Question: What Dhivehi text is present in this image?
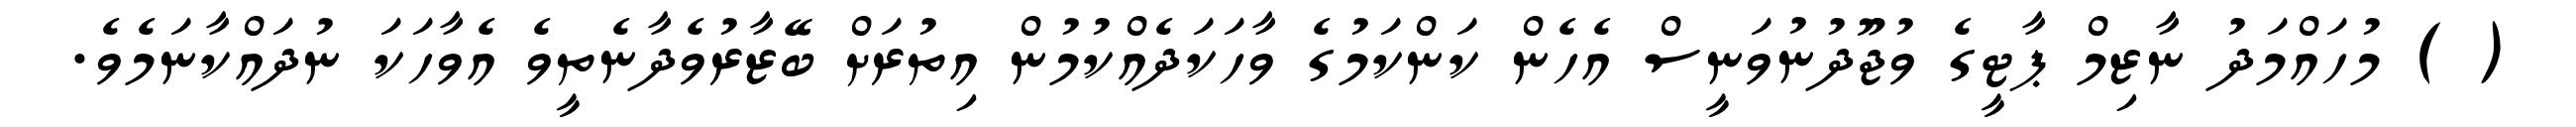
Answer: ( ) މުހައްމަދު ނާޒިމް ޕާޓީގެ ވުޖޫދުނުވަނީސް އެހެން ކަންކަމުގެ ވާހަކަދެއްކުމުން އިތުރަށް ބޭޒާރުވެދާނެތީވެ އެވާހަކަ ނުދައްކާނަމެވެ.